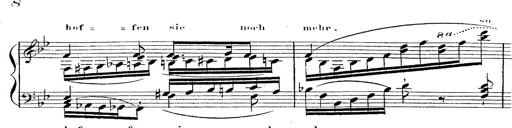
Title: 12 Lieder von Franz Schubert
Composer: Franz Liszt